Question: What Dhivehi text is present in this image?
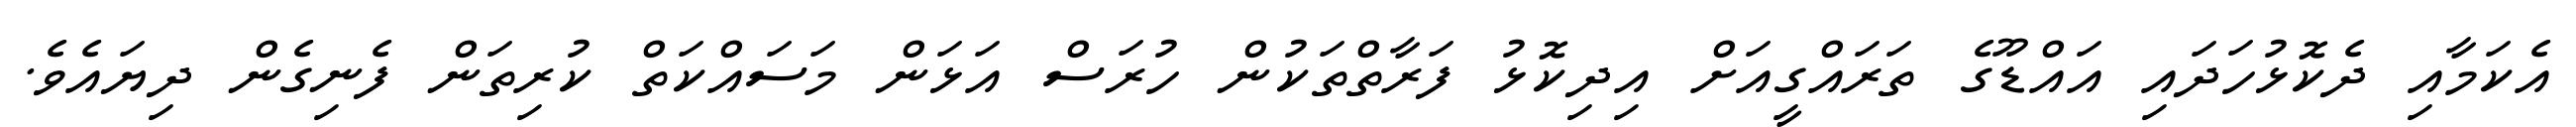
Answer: އެކަމާއި ދެކޮޅުހަދައި އައްޑޫގެ ތަރައްގީއަށް އިދިކޮޅު ފަރާތްތަކުން ހުރަސް އަޅަން މަސައްކަތް ކުރިތަން ފެނިގެން ދިޔައެވެ.